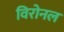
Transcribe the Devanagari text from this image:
विरोनल